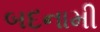
બદનામી